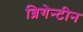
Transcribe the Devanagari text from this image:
ब्रिगेन्टीन